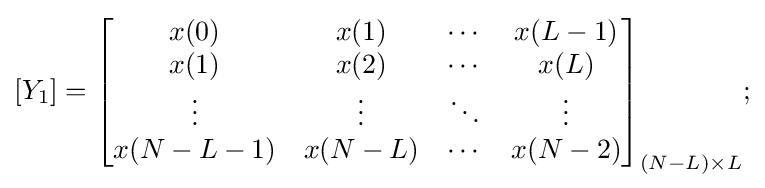
[Y_{1}]={\begin{bmatrix}x(0)&x(1)&\cdots &x(L-1)\\x(1)&x(2)&\cdots &x(L)\\\vdots &\vdots &\ddots &\vdots \\x(N-L-1)&x(N-L)&\cdots &x(N-2)\end{bmatrix}}_{(N-L)\times L};